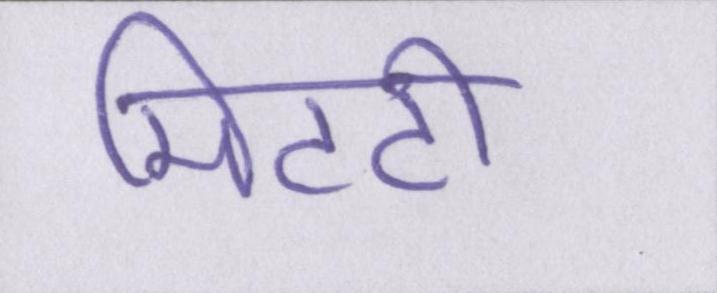
मिटटी